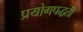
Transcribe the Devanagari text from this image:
प्रयोगपद्धती